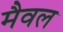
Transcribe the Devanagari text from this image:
मैवल